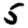
Digit: 5